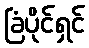
ခြံပိုင်ရှင်